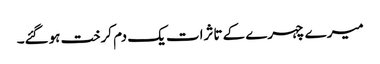
میرے چہرے کے تاثرات یک دم کرخت ہوگئے۔